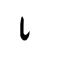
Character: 彳